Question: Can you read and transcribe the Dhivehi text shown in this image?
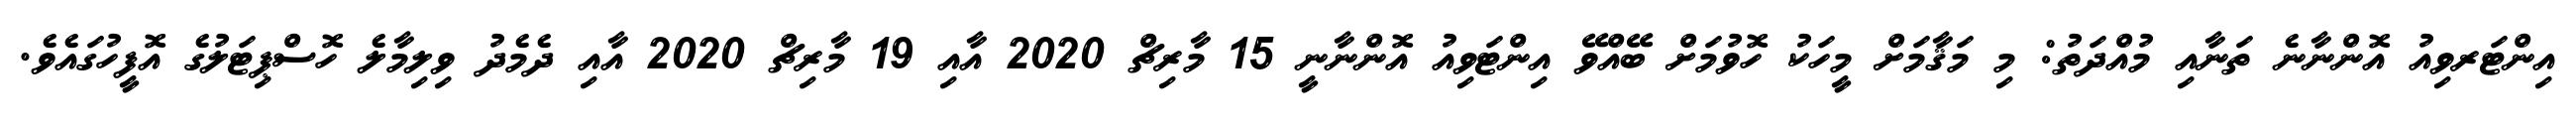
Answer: އިންޓަރވިއު އޮންނާނެ ތަނާއި މުއްދަތު: މި މަޤާމަށް މީހަކު ހޮވުމަށް ބޭއްވޭ އިންޓަވިއު އޮންނާނީ 15 މާރިޗް 2020 އާއި 19 މާރިޗް 2020 އާއި ދެމެދު ވިލިމާލެ ހޮސްޕިޓަލުގެ އޮފީހުގައެވެ.